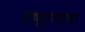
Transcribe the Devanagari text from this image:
राष्ट्रपदाचा